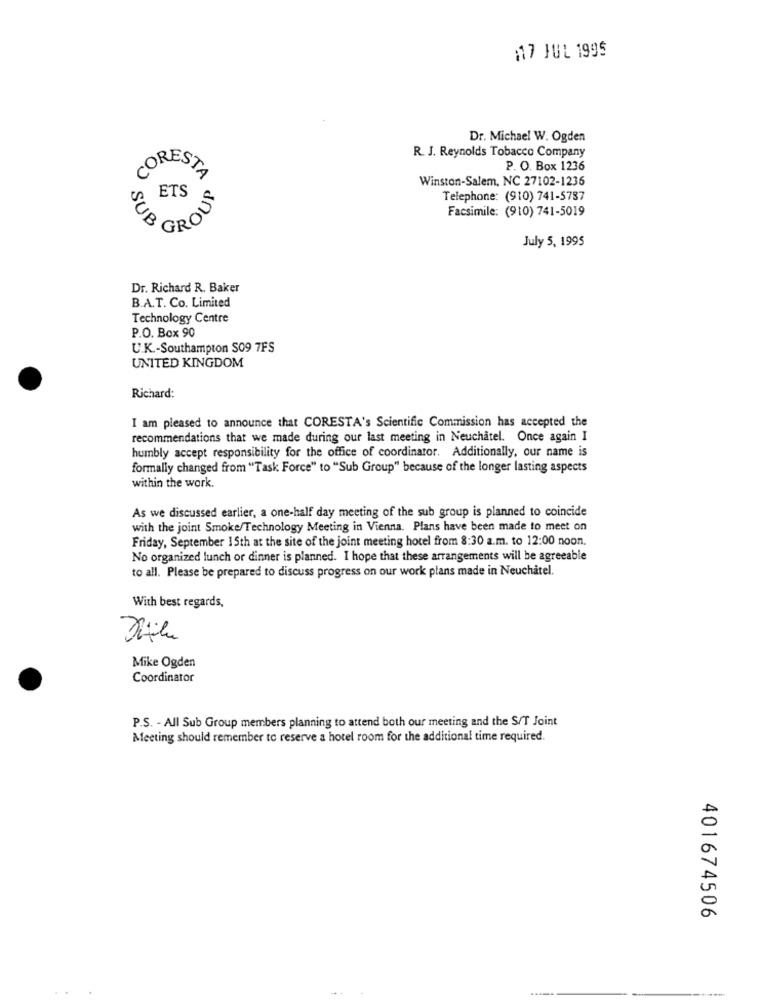
17 JUL 1995
Dr. Michael W. Ogden
R. J. Reynolds Tobacco Company
CORESTA
P. O. Box 1236
Winston-Salem, NC 27102-1236
ETS
Telephone: (910) 741-5787
Facsimile: (910) 741-5019
UR GROS
July 5, 1995
Dr. Richard R. Baker
B.A.T. Co. Limited
Technology Centre
P.O. Box 90
U.K .- Southampton S09 7FS
UNITED KINGDOM
Richard:
I am pleased to announce that CORESTA's Scientific Commission has accepted the
recommendations that we made during our last meeting in Neuchatel. Once again I
humbly accept responsibility for the office of coordinator. Additionally, our name is
formally changed from "Task Force" to "Sub Group" because of the longer lasting aspects
within the work.
As we discussed earlier, a one-half day meeting of the sub group is planned to coincide
with the joint Smoke/Technology Meeting in Vienna. Plans have been made to meet on
Friday, September 15th at the site of the joint meeting hotel from 8:30 a.m. to 12:00 noon.
No organized lunch or dinner is planned. I hope that these arrangements will be agreeable
to all. Please be prepared to discuss progress on our work plans made in Neuchâtel.
With best regards,
Mike Ogden
Coordinator
P.S. - All Sub Group members planning to attend both our meeting and the S/T Joint
Meeting should remember to reserve a hotel room for the additional time required.
401674506